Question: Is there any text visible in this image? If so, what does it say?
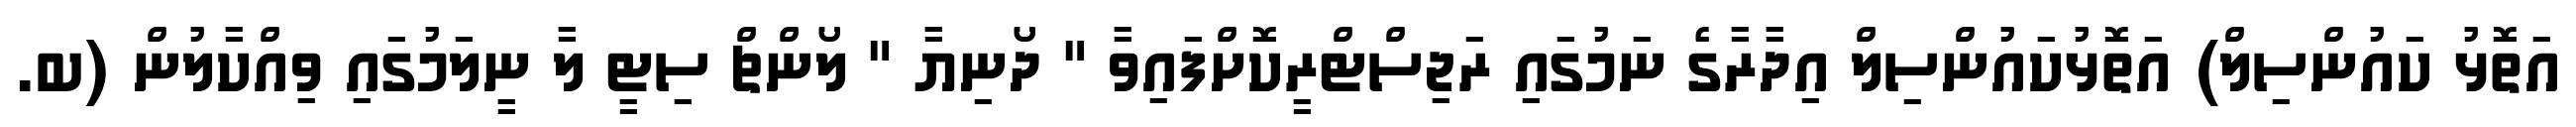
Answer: އަތޮޅު ކައުންސިލް) އަތޮޅުކައުންސިލް އިދާރާގެ ނަމުގައި ރަޖިސްޓްރީކޮށްފައިވާ " ދޯނިޔާ " ލޯންޗް ސިޓީ ލާ ނީލަމުގައި ވިއްކާލުން (ބ.